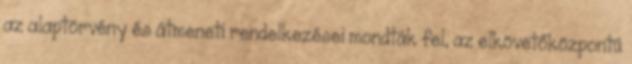
az alaptörvény és átmeneti rendelkezései mondták fel, az elkövetőközpontú